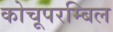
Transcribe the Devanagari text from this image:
कोचूपरम्बिल